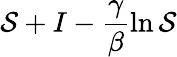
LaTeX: \mathcal{S}+I-\frac{{\gamma}}{{\beta}}\ln\mathcal{S}